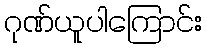
ဂုဏ်ယူပါကြောင်း